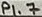
Text: P1.7